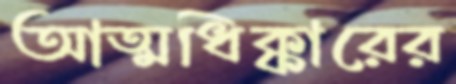
আত্মধিক্কারের